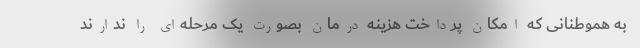
به هموطنانی که امکان پرداخت هزینه درمان بصورت یک مرحله‌ای را ندارند